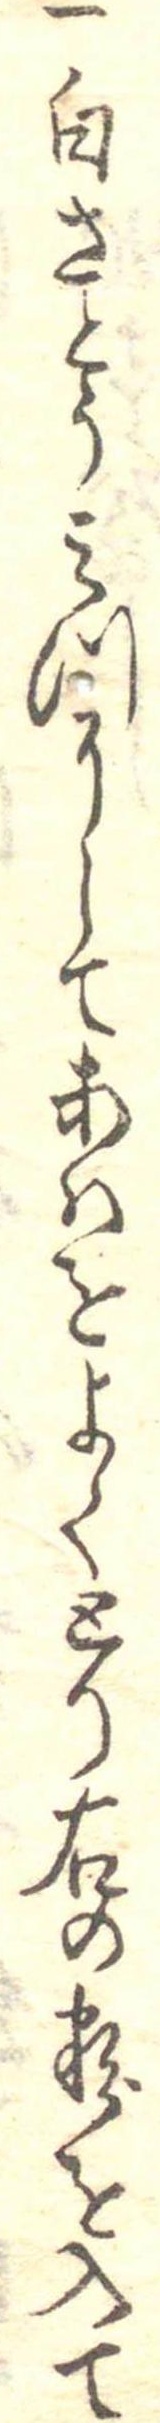
一白さとうみつにしてあはをよくとり右の粉を入て